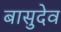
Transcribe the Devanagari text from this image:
बासुदेव